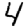
Digit: 4